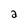
Character: 2